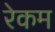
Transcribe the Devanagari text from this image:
रेकम